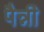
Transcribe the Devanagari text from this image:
पैन्नी